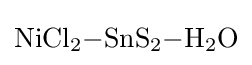
{\ce {NiCl2-SnS2-H2O}}